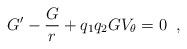
LaTeX: \begin{align*} G'-\frac{G}{r}+q_{1}q_{2}GV_{\theta}=0 \;\;,\end{align*}